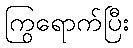
ကြွရောက်ပြီး